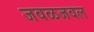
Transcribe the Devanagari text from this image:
जवळजवल